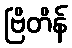
ဗြိတိန်